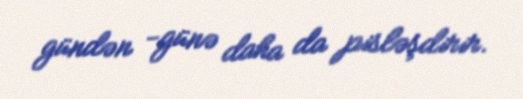
gündən -günə daha da pisləşdirir.